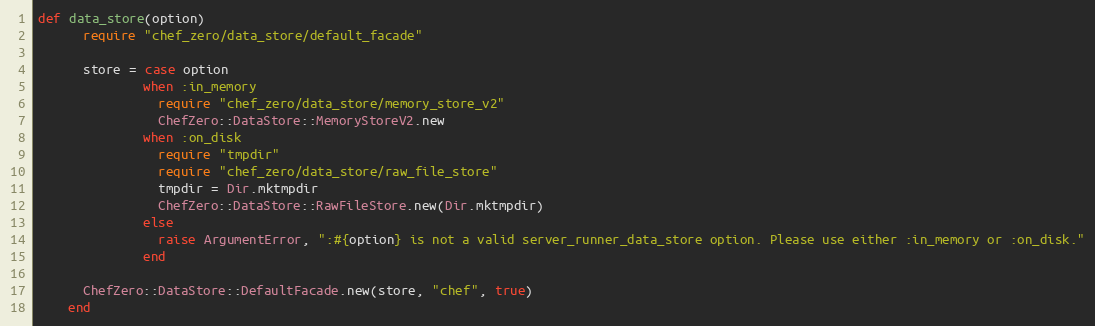
Language: Ruby
def data_store(option)
      require "chef_zero/data_store/default_facade"

      store = case option
              when :in_memory
                require "chef_zero/data_store/memory_store_v2"
                ChefZero::DataStore::MemoryStoreV2.new
              when :on_disk
                require "tmpdir"
                require "chef_zero/data_store/raw_file_store"
                tmpdir = Dir.mktmpdir
                ChefZero::DataStore::RawFileStore.new(Dir.mktmpdir)
              else
                raise ArgumentError, ":#{option} is not a valid server_runner_data_store option. Please use either :in_memory or :on_disk."
              end

      ChefZero::DataStore::DefaultFacade.new(store, "chef", true)
    end